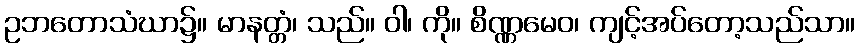
ဥဘတောသံဃာ၌။ မာနတ္တံ၊ သည်။ ဝါ၊ ကို။ စိဏ္ဏမေဝ၊ ကျင့်အပ်တော့သည်သာ။